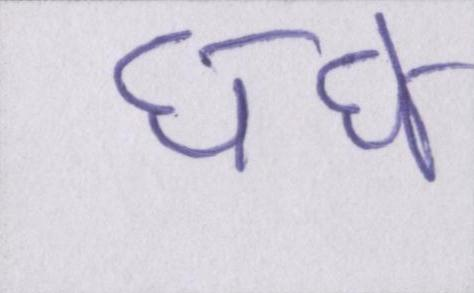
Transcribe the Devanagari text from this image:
धंधे